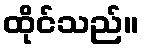
ထိုင်သည်။